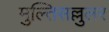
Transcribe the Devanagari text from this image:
मुल्तिसल्लुलर